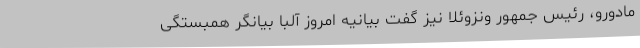
مادورو،‌ رئیس جمهور ونزوئلا نیز گفت بیانیه امروز آلبا بیانگر همبستگی